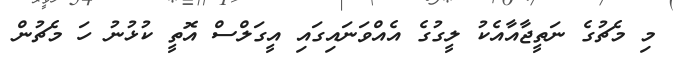
މި މެޗުގެ ނަތީޖާއާއެކު ލީގުގެ އެއްވަނައިގައި އީގަލްސް އޮތީ ކުޅުނު ހަ މެޗުން